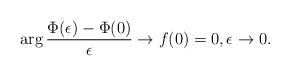
LaTeX: \begin{align*}\arg \frac{\Phi(\epsilon) - \Phi(0)}{\epsilon} \to f(0) = 0, \epsilon \to 0. \end{align*}